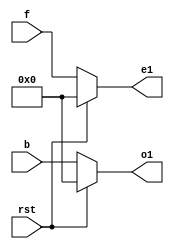
`timescale 1ns / 1ps
//////////////////////////////////////////////////////////////////////////////////
// Company: 
// Engineer: 
// 
// Design Name: 
// Module Name:    dct6 
// Project Name: 
// Target Devices: 
// Tool versions: 
// Description: 
//
// Dependencies: 
//
// Revision: 
// Revision 0.01 - File Created
// Additional Comments: 
//
//////////////////////////////////////////////////////////////////////////////////
module dct6(
input [7:0] b,f, 
input rst,
output reg [7:0] o1, output reg [7:0] e1 
);
always@(b,f,rst)
begin
  if(rst)
  begin 
   o1<=0;
	e1<=0;
	end
else 
  begin
   o1<=b;
   e1<=f;
end
end
endmodule